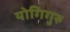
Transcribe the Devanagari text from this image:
योगिगुरु